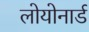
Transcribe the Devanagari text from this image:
लोयोनार्ड